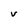
Character: V